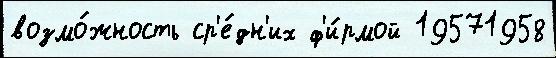
возмо́жность ср'е́дн'их ф'и́рмой 19571958